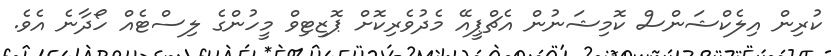
ކުރިން އިލެކްޝަންސް ކޮމިޝަނުން އެޗްޕީއޭ މެދުވެރިކޮށް ޕޮޒިޓިވް މީހުންގެ ލިސްޓެއް ހޯދާނެ އެވެ.